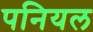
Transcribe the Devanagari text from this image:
पनियल